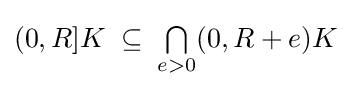
{\textstyle (0,R]K\;\subseteq \;{\textstyle \bigcap \limits _{e>0}}(0,R+e)K}